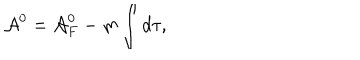
{ \cal A } ^ { 0 } = { \cal A } _ { F } ^ { 0 } - m \int d \tau ,